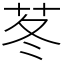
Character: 苳